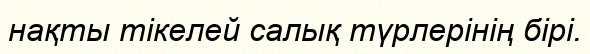
нақты тікелей салық түрлерінің бірі.